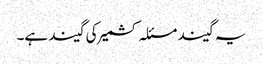
یہ گیند مسئلہ کشمیر کی گیند ہے۔